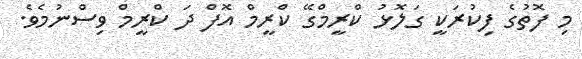
މި ފޮތުގެ ފިކުރަކީ ގަލޮޅު ކްރީމްގޭ ކްރީމް އޮފް ދަ ކްރީމް ވިސްނުމެވެ.